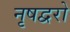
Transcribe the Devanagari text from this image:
नृषद्वरो